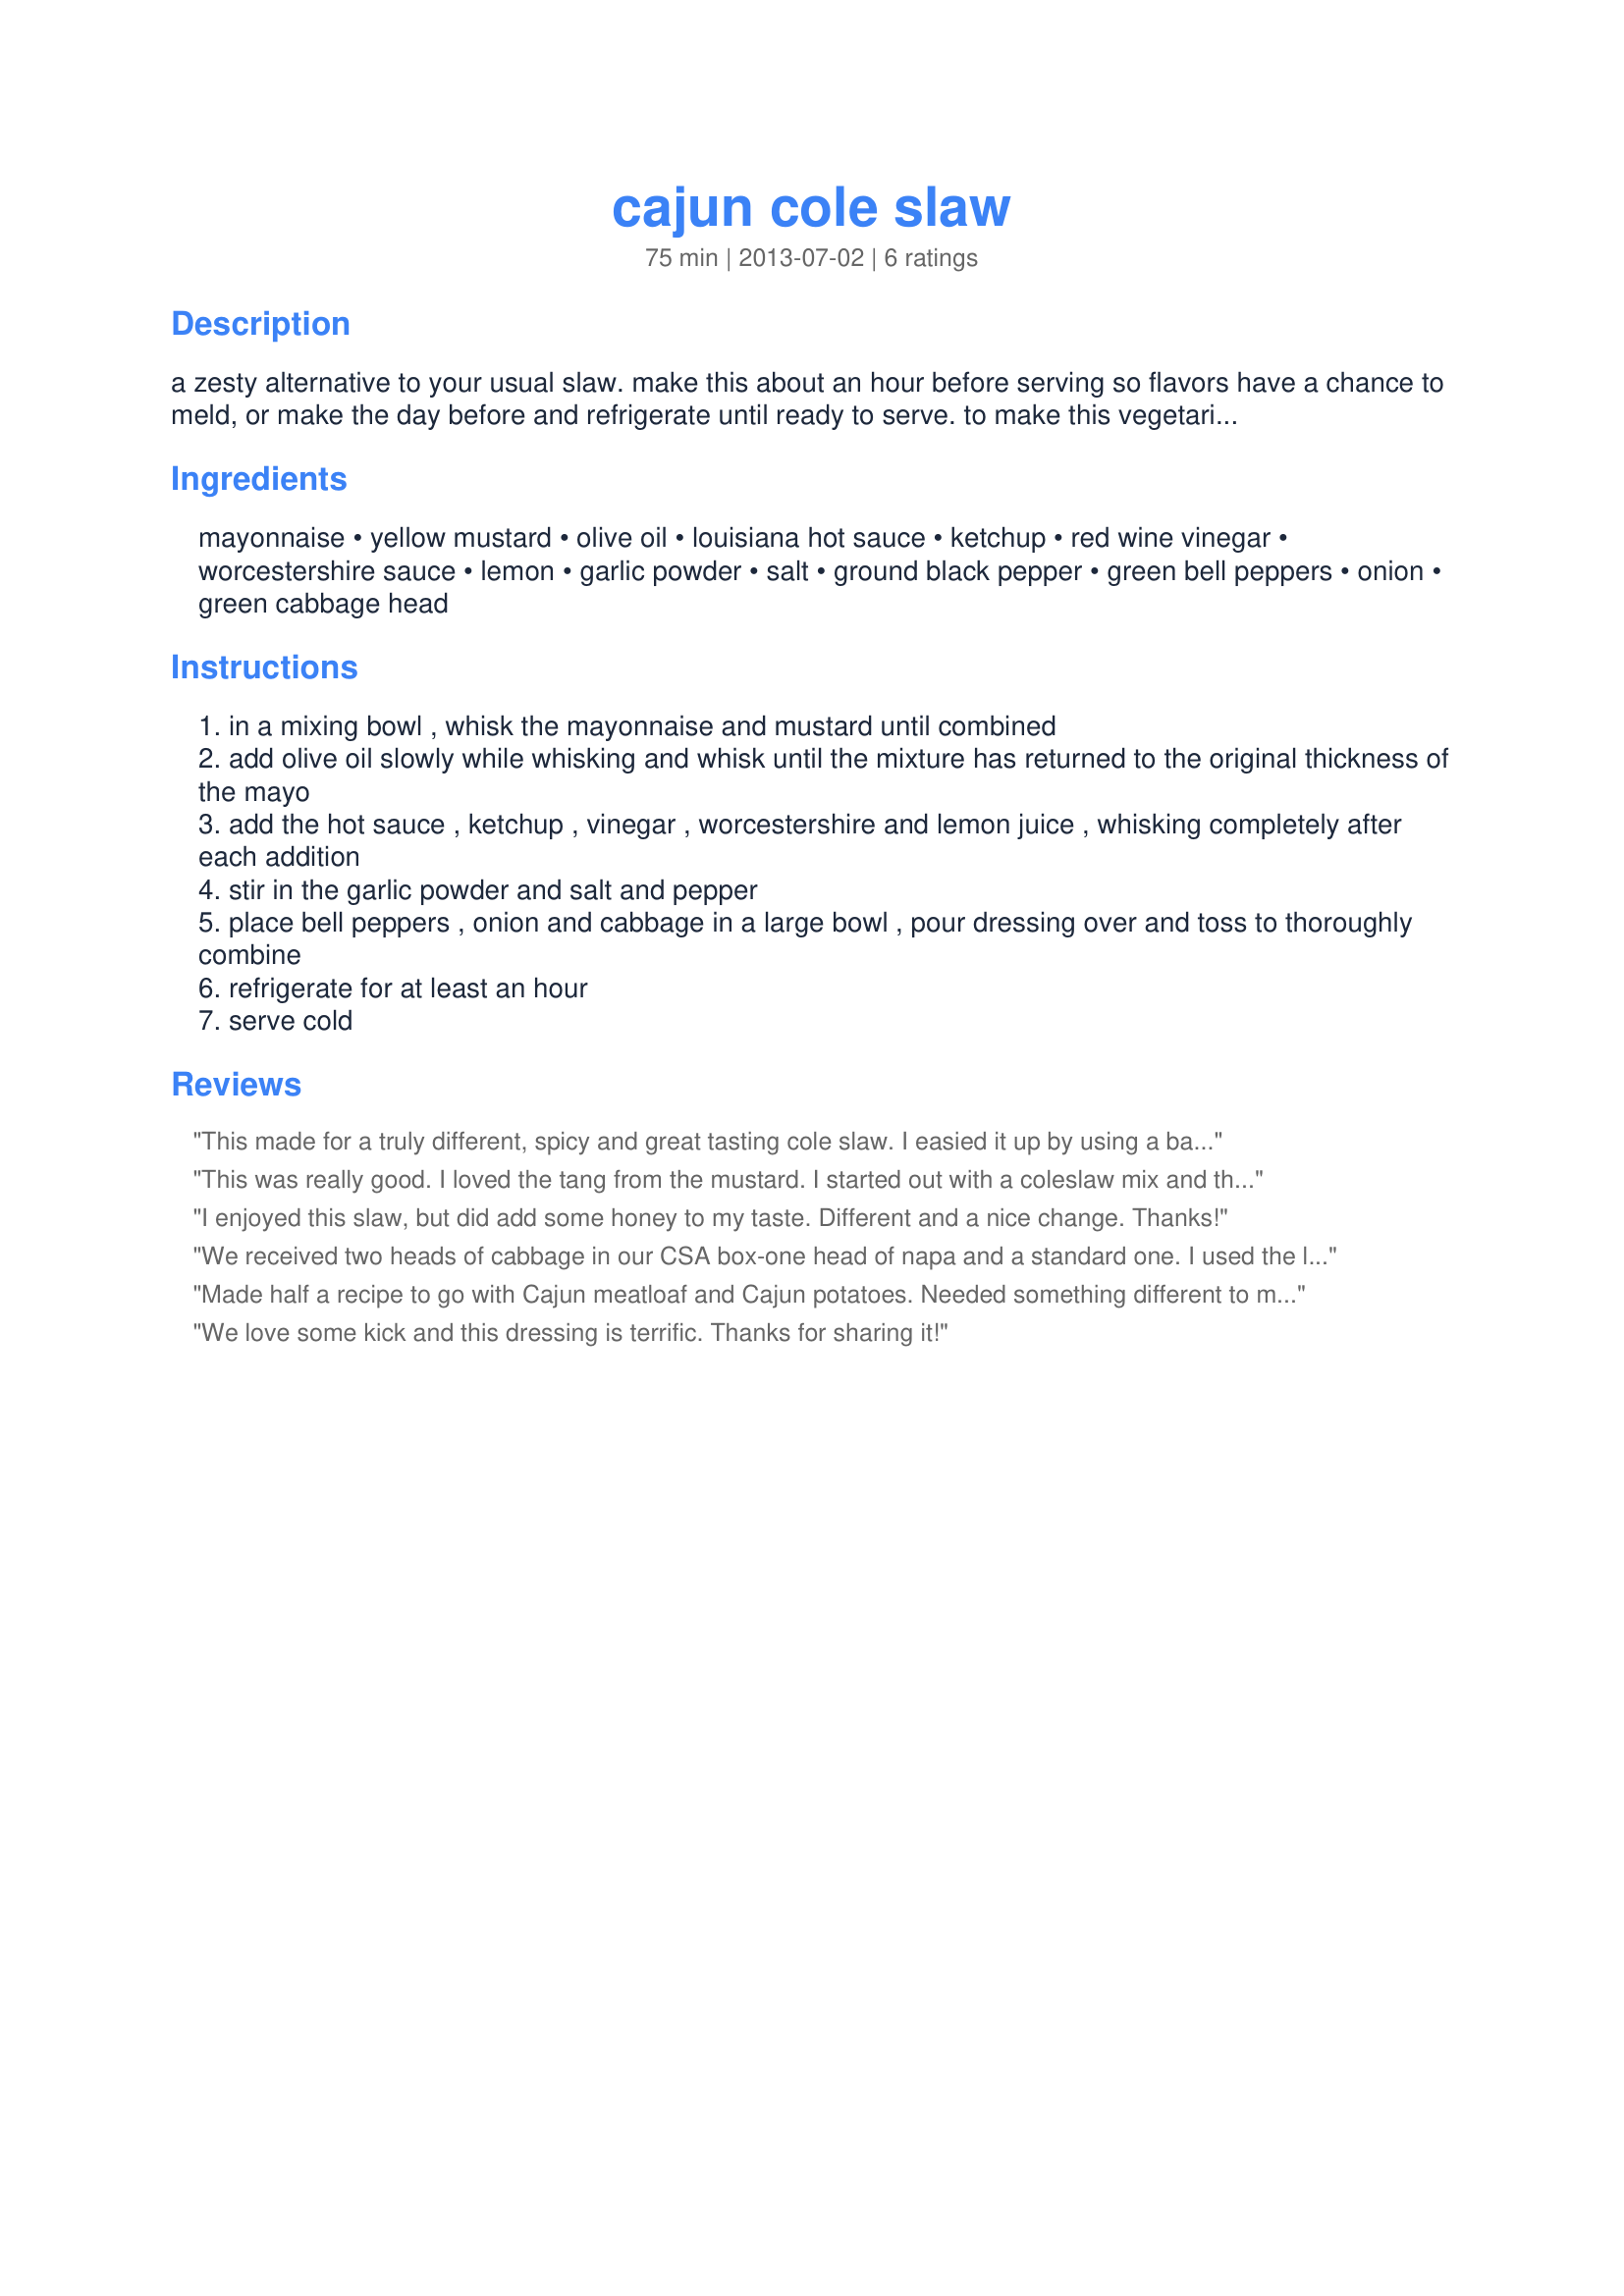
cajun cole slaw
Preparation time: 75 minutes

a zesty alternative to your usual slaw. make this about an hour before serving so flavors have a chance to meld, or make the day before and refrigerate until ready to serve. to make this vegetarian, use vegetarian worcestershire sauce. cook time is refrigeration time.

Ingredients:
mayonnaise, yellow mustard, olive oil, louisiana hot sauce, ketchup, red wine vinegar, worcestershire sauce, lemon, garlic powder, salt, ground black pepper, green bell peppers, onion, green cabbage head

Steps:
in a mixing bowl , whisk the mayonnaise and mustard until combined
add olive oil slowly while whisking and whisk until the mixture has returned to the original thickness of the mayo
add the hot sauce , ketchup , vinegar , worcestershire and lemon juice , whisking completely after each addition
stir in the garlic powder and salt and pepper
place bell peppers , onion and cabbage in a large bowl , pour dressing over and toss to thoroughly combine
refrigerate for at least an hour
serve cold

Reviews:
This made for a truly different, spicy and great tasting cole slaw. I easied it up by using a bag of ready mixed cole slaw but other than that followed the directions exactly. Loved the spicy flavor and it was a hit with DH which is always a good thing. Made for ZWT9 Regional Cajun leg
This was really good. I loved the tang from the mustard. I started out with a coleslaw mix and this went together quickly. Thanks Mikekey for a nice new coleslaw treat. Made for ZWT9.
I enjoyed this slaw, but did add some honey to my taste. Different and a nice change. Thanks!
We received two heads of cabbage in our CSA box-one head of napa and a standard one. I used the latter for this recipe and switched out red bell for green and made sure to use a vegetarian-based Worcestershire sauce (Annie&#039;s brand). I also added one stalk of celery with leaves (finely minced) and red onion for additional color. This went really well with our Indian tacos for dinner! Made for our VIP for Veg Tag/July. Thanks, Mikekey!
Made half a recipe to go with Cajun meatloaf and Cajun potatoes. Needed something different to meet my tastes, possibly some honey.
We love some kick and this dressing is terrific. Thanks for sharing it!
